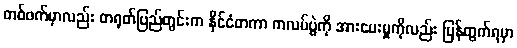
တစ်ဖက်မှာလည်း တရုတ်ပြည်တွင်းက နိုင်ငံတကာ ကလပ်ပွဲကို အားပေးမှုကိုလည်း ပြန်တွက်ရမှာ